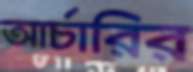
আর্চারির